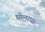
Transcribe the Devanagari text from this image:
घोलाप।